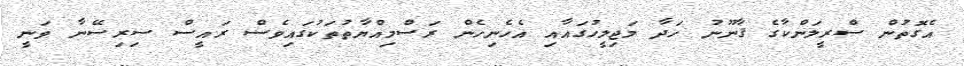
އެގޮތުން ސްރީލަންކާގެ ޤާނޫނު ހަދާ މަޖިލީހުގައާއި އެހެނިހެން ރަސްމިއްޔާތުތަކުގައިވެސް ރައީސް ސިރިސޭނާ ވަނީ